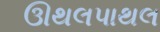
ઊથલપાથલ